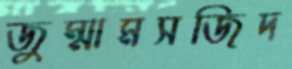
জুম্মামসজিদ